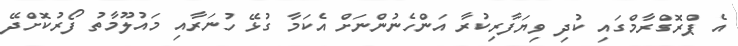
އެ ޕްރޮގްރާމްގައި ކުދި ވިޔަފާރިކުރާ އަންހެނުންނަށް އެކަމާ ގުޅޭ ހުނަރާއި މައުލޫމާތު ފޯރުކޮށްދޭ